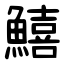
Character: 鱚